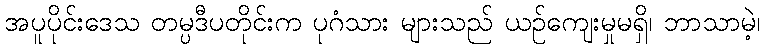
အပူပိုင်းဒေသ တမ္ပဒီပတိုင်းက ပုဂံသား များသည် ယဉ်ကျေးမှုမရှိ၊ ဘာသာမဲ့၊